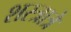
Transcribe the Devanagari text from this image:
शस्त्रात्रे